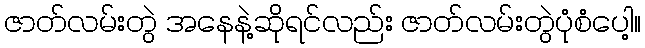
ဇာတ်လမ်းတွဲ အနေနဲ့ဆိုရင်လည်း ဇာတ်လမ်းတွဲပုံစံပေါ့။